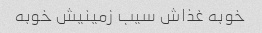
خوبه غذاش سیب زمینیش خوبه